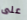
على